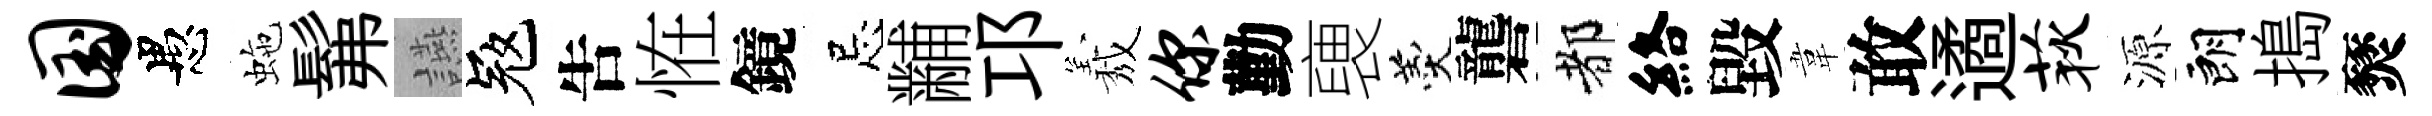
国愚虵髴讌冦吿恠鏡忌黼邛𦏁你勤褏羹礱都絡毀韋敢遹荻源朗搗燹